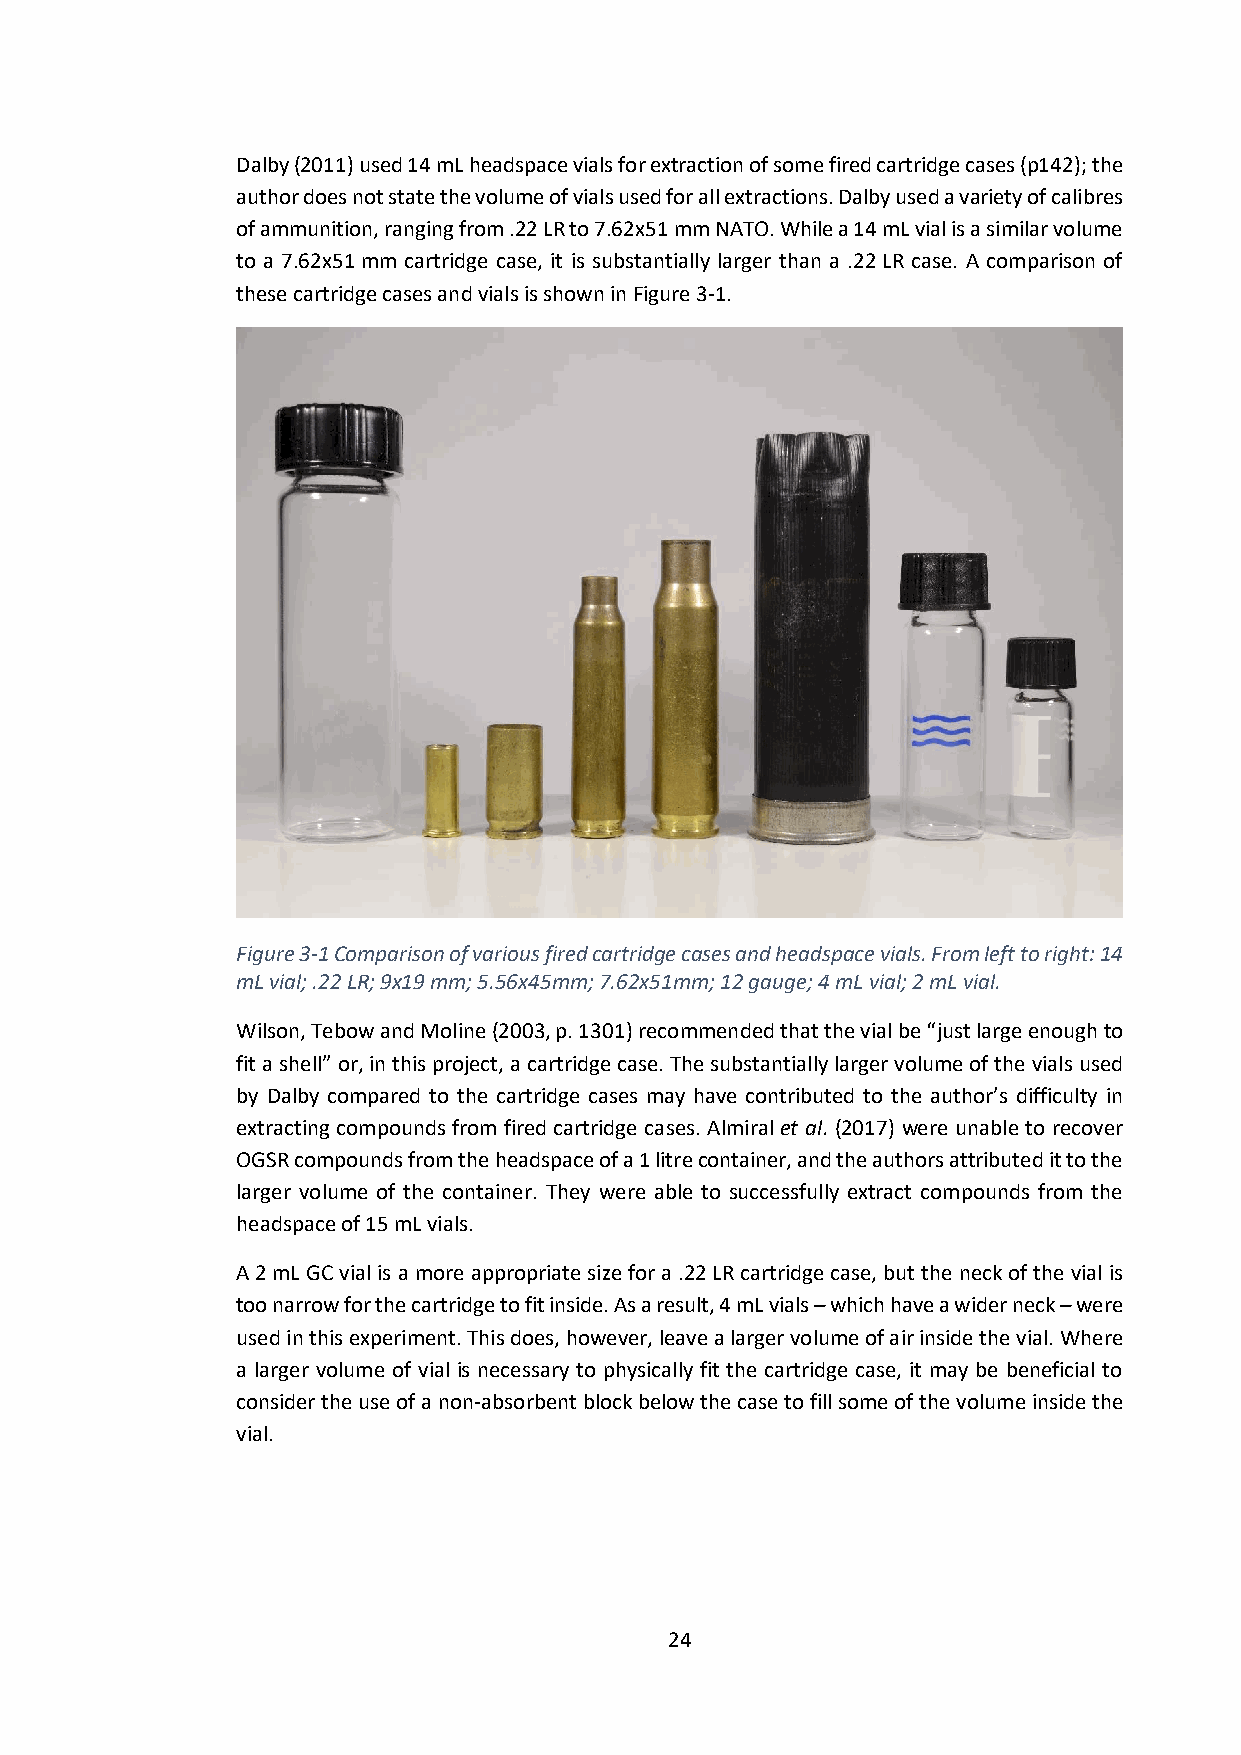
Dalby (2011) used 14 mL headspace vials for extraction of some fired cartridge cases (p142); the
 author does not state the volume of vials used for all extractions. Dalby used a variety of calibres
 of ammunition, ranging from .22 LR to 7.62x51 mm NATO. While a 14 mL vial is a similar volume
 to a 7.62x51 mm cartridge case, it is substantially larger than a .22 LR case. A comparison of
 these cartridge cases and vials is shown in Figure 3-1.
 Figure 3-1 Comparison of various fired cartridge cases and headspace vials. From left to right: 14
 mL vial; .22 LR; 9x19 mm; 5.56x45mm; 7.62x51mm; 12 gauge; 4 mL vial; 2 mL vial.
 Wilson, Tebow and Moline (2003, p. 1301) recommended that the vial be “just large enough to
 fit a shell” or, in this project, a cartridge case. The substantially larger volume of the vials used
 by Dalby compared to the cartridge cases may have contributed to the author’s difficulty in
 extracting compounds from fired cartridge cases. Almiral et al. (2017) were unable to recover
 OGSR compounds from the headspace of a 1 litre container, and the authors attributed it to the
 larger volume of the container. They were able to successfully extract compounds from the
 headspace of 15 mL vials.
 A 2 mL GC vial is a more appropriate size for a .22 LR cartridge case, but the neck of the vial is
 too narrow for the cartridge to fit inside. As a result, 4 mL vials – which have a wider neck – were
 used in this experiment. This does, however, leave a larger volume of air inside the vial. Where
 a larger volume of vial is necessary to physically fit the cartridge case, it may be beneficial to
 consider the use of a non-absorbent block below the case to fill some of the volume inside the
 vial.
 24